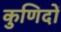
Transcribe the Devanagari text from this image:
कुणिदों